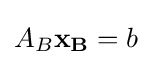
A_{B}\mathbf {x_{B}} =b